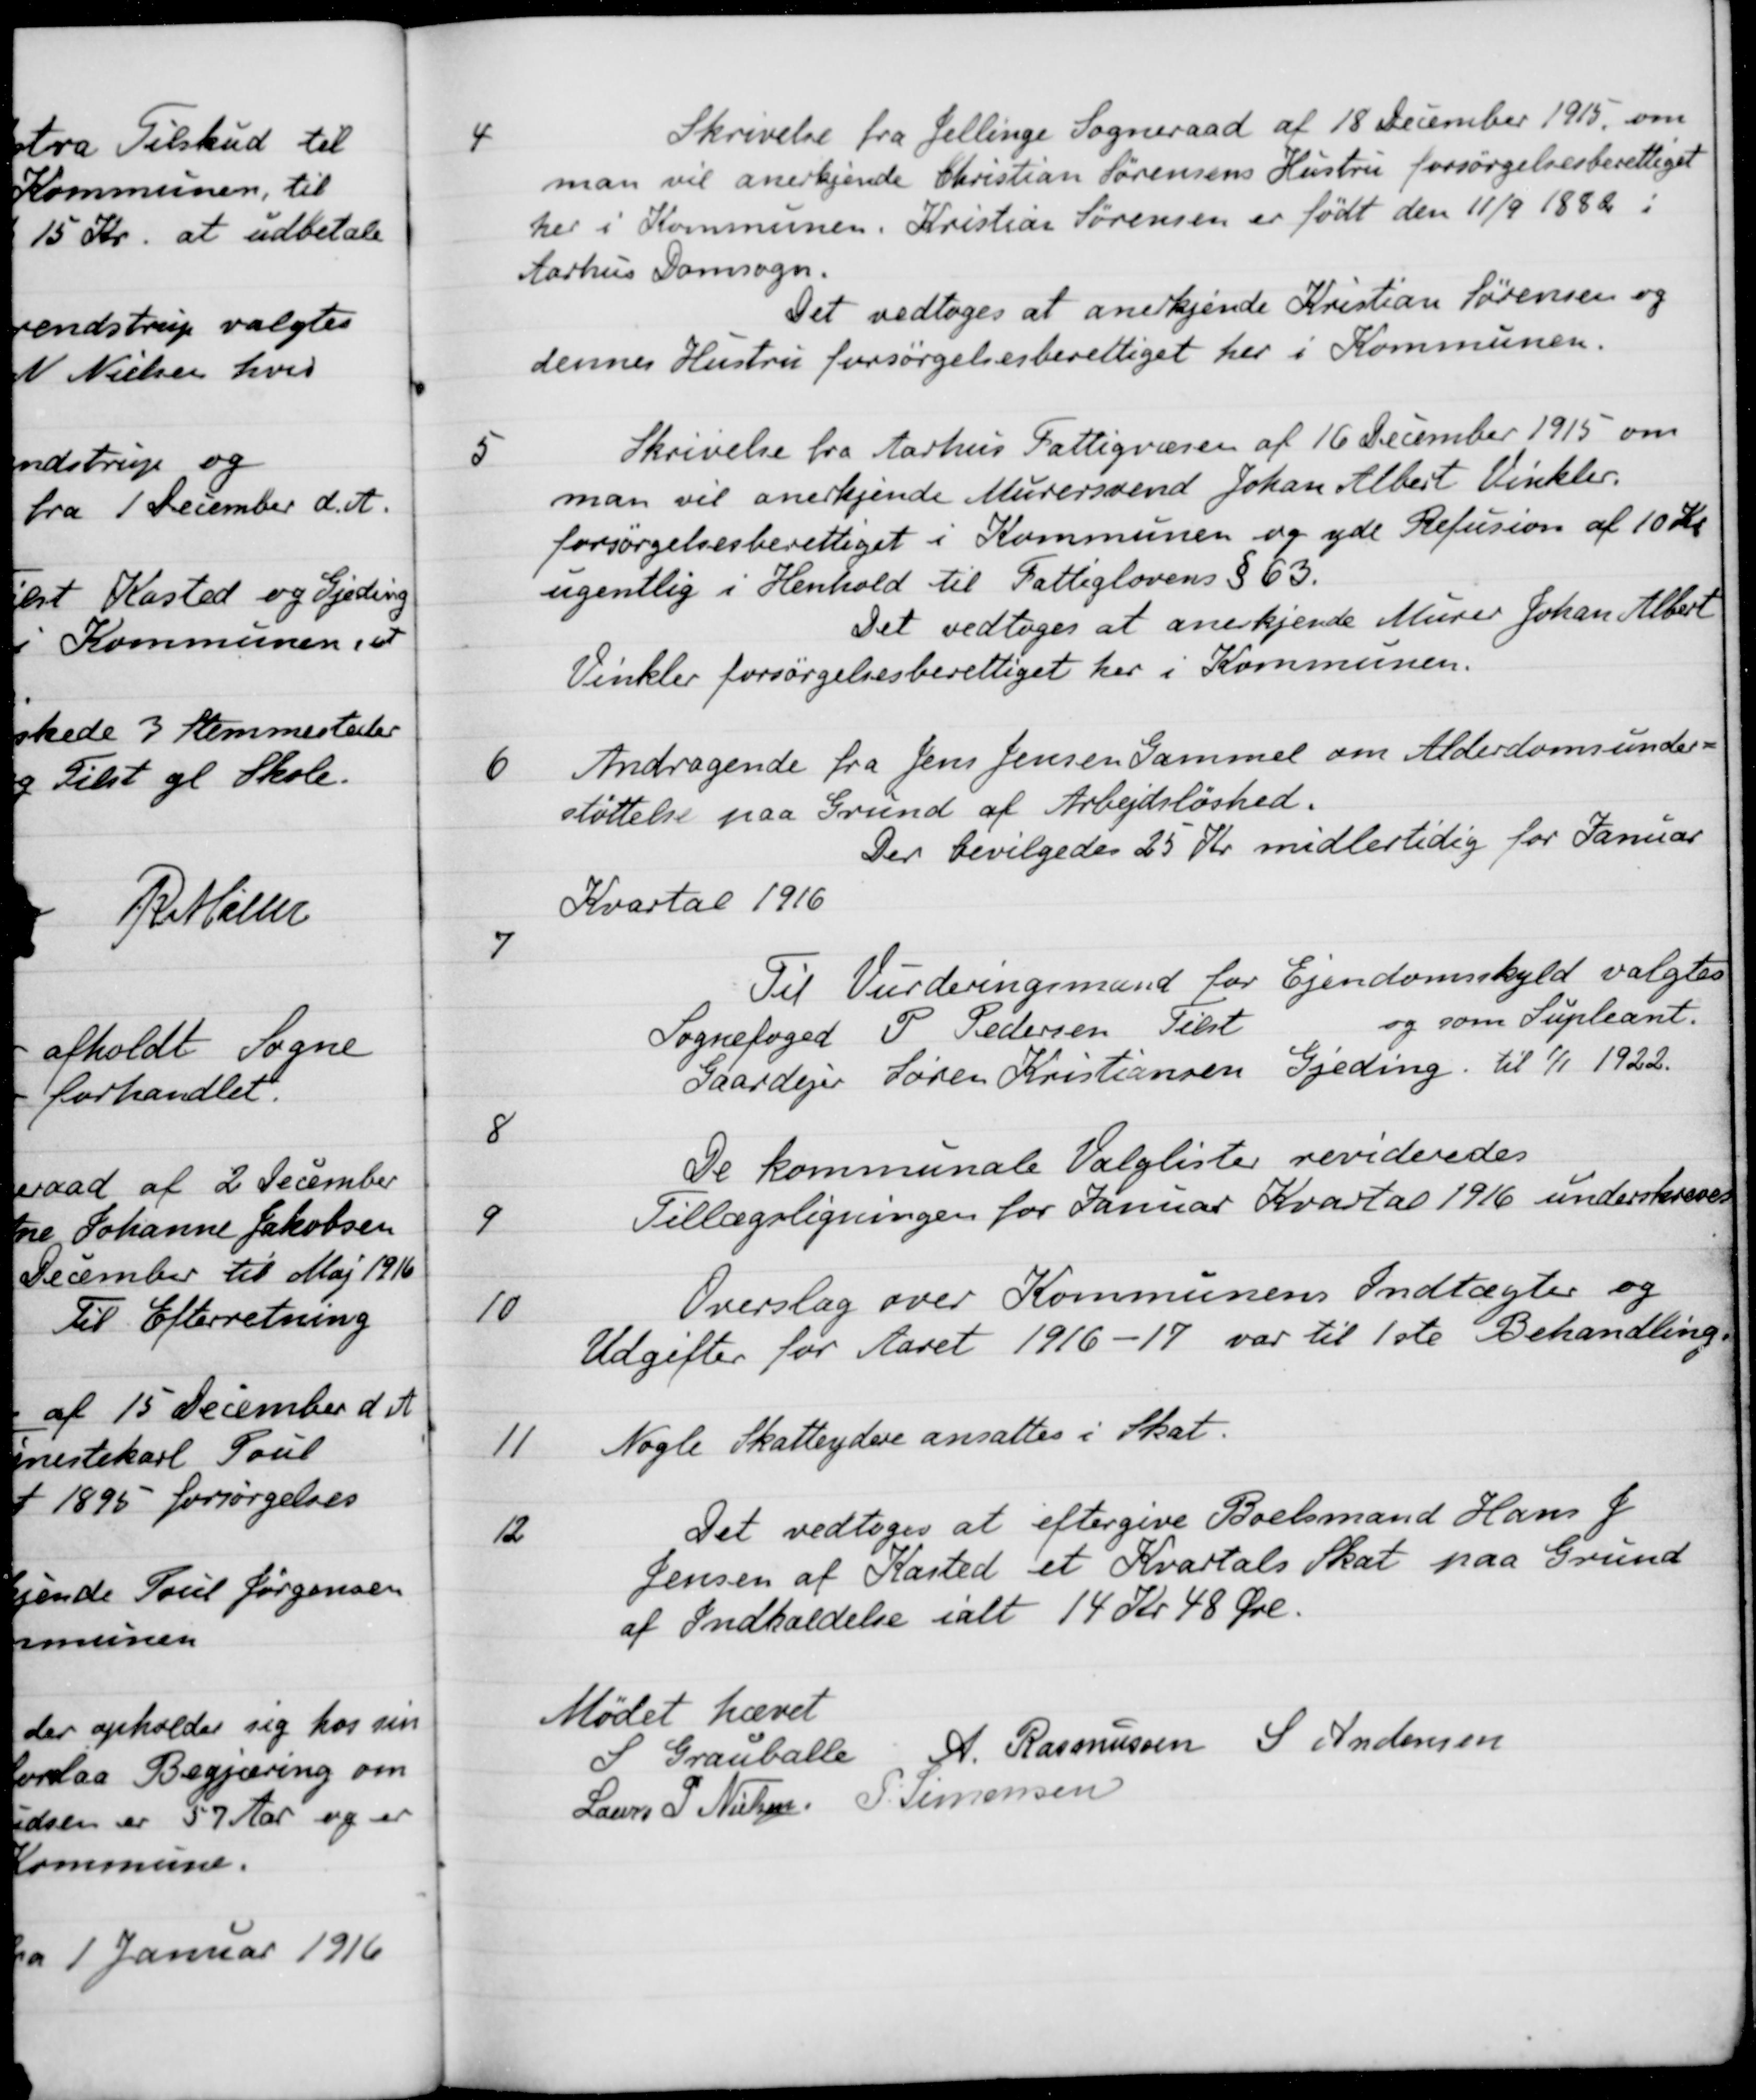
Transskription:
4
Skrivelse fra Jellinge Sogneraad af 18 December 1915 om
man vil anerkjende Christian Sørensens Hustru forsørgelsesberettiget
her i Kommunen. Kristian Sørensen er født den 11/9 1882 i
Aarhus Domsogn.
Det vedtoges at anerkjende Kristian Sørensen og
dennes Hustru forsørgelsesberettiget her i Kommunen.
5
Skrivelse fra Aarhus Fattigvæsen af 16 December 1915 om
man vil anerkjende Murersvend Johan Albert Vinkler.
forsørgelsesberettiget i Kommunen og yde Refusion af 10 Kr
ugentlig i Henhold til Fattiglovens § 63.
Det vedtoges at anerkjende Murer Johan Albert
Vinkler forsørgelsesberettiget her i Kommunen.
6
Andragende fra Jens Jensen Gammel om Alderdomsunder-
støttelse paa Grund af Arbejdsløshed.
Der bevilgedes 25 Kr midlertidig for Januar
Kvartal 1916
7
Til Vurderingsmand for Ejendomsskyld valgtes
Sognefoged P. Pedersen Tilst og som Supleant.
Gaardejer Søren Kristiansen Gjeding til 1/1 1922.
8
De kommunale Valglister revideredes
9
Tillægsligningen for Januar Kvartal 1916 underskreves
10
Overslag over Kommunens Indtægter og
Udgifter for Aaret 1916-17 var til 1ste Behandling
11
Nogle Skatteydere ansattes i Skat.
12
Det vedtoges at eftergive Boelsmand Hans J
Jensen af Kasted et Kvartals Skat paa Grund
af Indkaldelse ialt 14 Kr 48 Øre.
Mødet hævet
S Grauballe
A. Rasmussen
S Andersen
Laurs P. Nielsen
P. Simonsen